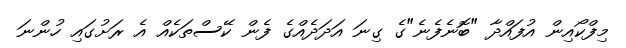
މިފްކޯއިން އުފައްދާ "ބޮނެފެނެ"ގެ ގިނަ އަދަދެއްގެ ފެން ކޭސްތަކެއް އެ ރަށުގައި ހުންނަ